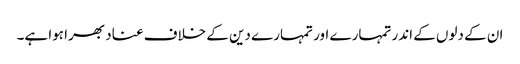
ان کے دلوں کے اندر تمہارے اور تمہارے دین کے خلاف عناد بھرا ہوا ہے۔